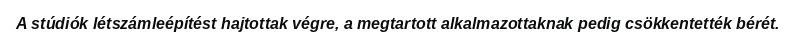
A stúdiók létszámleépítést hajtottak végre, a megtartott alkalmazottaknak pedig csökkentették bérét.